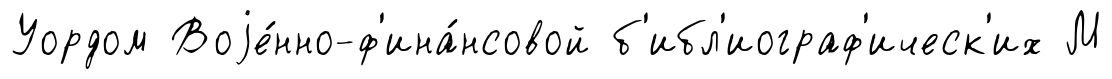
Уордом Воjе́нно-ф'ина́нсовой б'ибл'иограф'ическ'их М